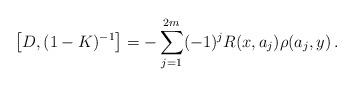
LaTeX: \begin{align*}\left[D,(1-K)^{-1}\right]=-\sum_{j=1}^{2m} (-1)^j R(x,a_j) \rho(a_j,y)\,.\end{align*}